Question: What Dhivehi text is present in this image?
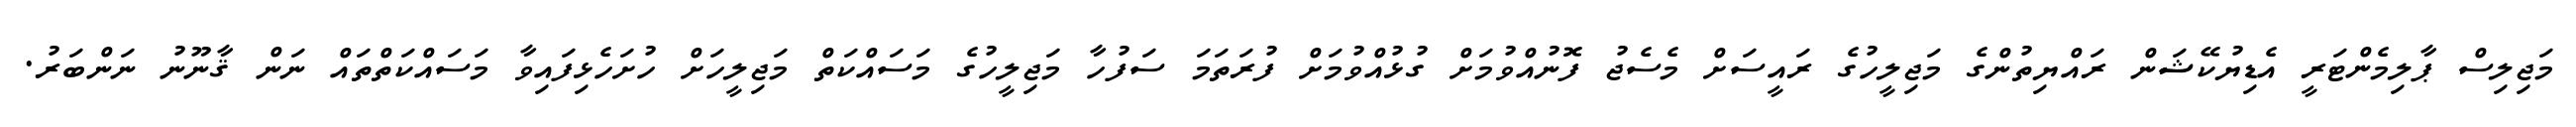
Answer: މަޖިލިސް ޕާލިމެންޓަރީ އެޑިޔުކޭޝަން ރައްޔިތުންގެ މަޖިލީހުގެ ރައީސަށް މެސެޖު ފޮނުއްވުމަށް ގުޅުއްވުމަށް ފުރަތަމަ ސަފުހާ މަޖިލީހުގެ މަސައްކަތް މަޖިލީހަށް ހުށަހެޅިފައިވާ މަސައްކަތްތައް ނަން ޤާނޫނު ނަންބަރު.